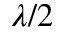
\lambda / 2